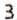
3